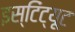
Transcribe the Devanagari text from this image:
इस्टिंट्यूट